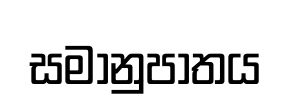
සමානුපාතය